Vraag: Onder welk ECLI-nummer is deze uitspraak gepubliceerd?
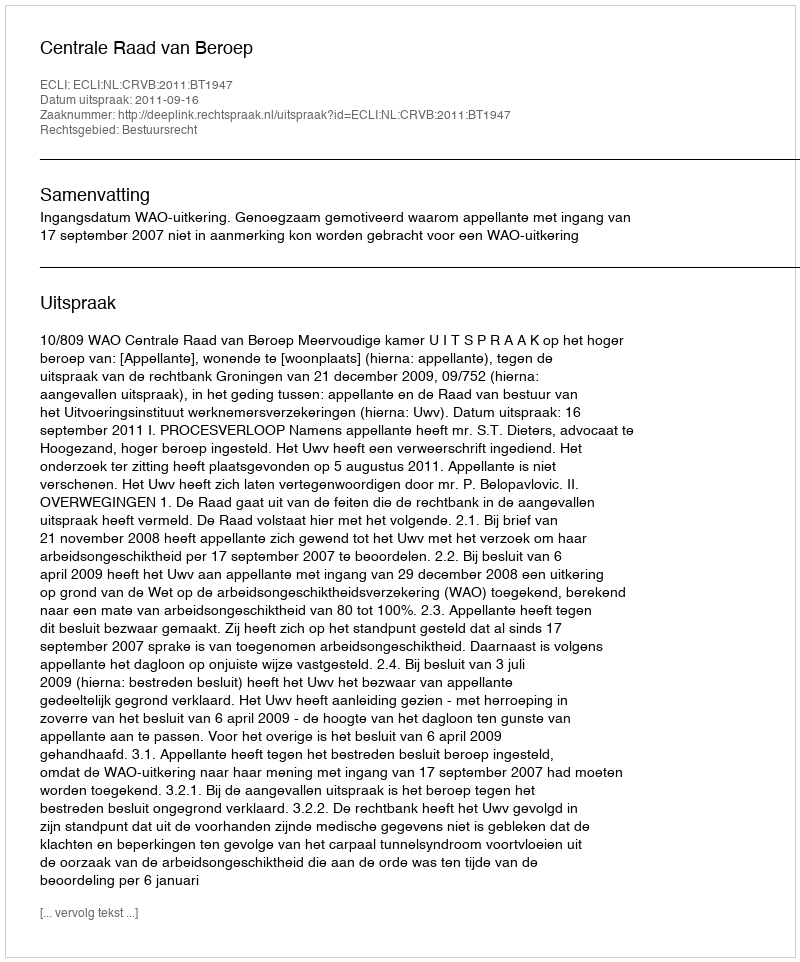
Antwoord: ECLI:NL:CRVB:2011:BT1947